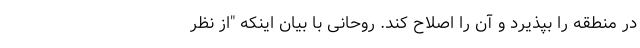
در منطقه را بپذیرد و آن را اصلاح کند. روحانی با بیان اینکه "از نظر